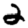
Digit: 2